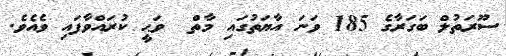
ސޫރަތުލް ބަގަރާގެ 185 ވަނަ އާޔަތުގައި މާތް  ވަޙީ ކުރައްވާފައި ވެއެވެ.